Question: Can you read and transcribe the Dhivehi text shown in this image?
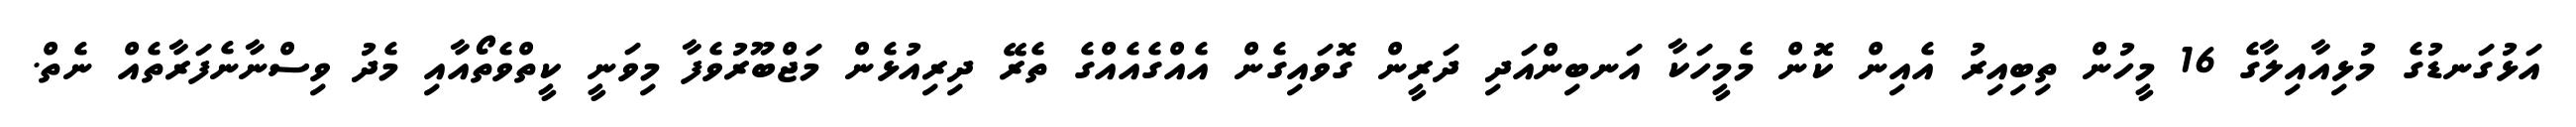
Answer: އަޅުގަނޑުގެ މުޅިއާއިލާގެ 16 މީހުން ތިބިއިރު އެއިން ކޮން މެމީހަކާ އަނބިންއަދި ދަރީން ގޮވައިގެން އެއްގެއެއްގެ ތެރޭ ދިރިއުޅެން މަޖްބޫރުވެފާ މިވަނީ ކީތްވެތޯއާއި މެދު ވިސްނާނެފަރާތެއް ނެތް.